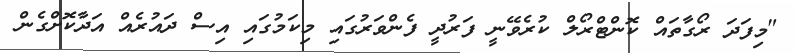
"މިފަދަ ރޯގާތައް ކޮންޓްރޯލް ކުރެވޭނީ ފަރުދީ ފެންވަރުގައި މިކަމުގައި އިސް ދައުރެއް އަދާކޮށްގެން